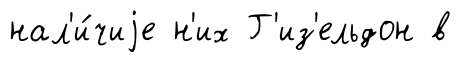
нал'и́чиjе н'их Г'из'ельдон в